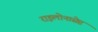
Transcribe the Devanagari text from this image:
राइलोनासेप्ट